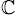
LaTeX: _{\mathbb{C}}